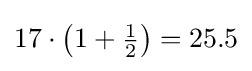
17\cdot \left(1+{\tfrac {1}{2}}\right)=25.5